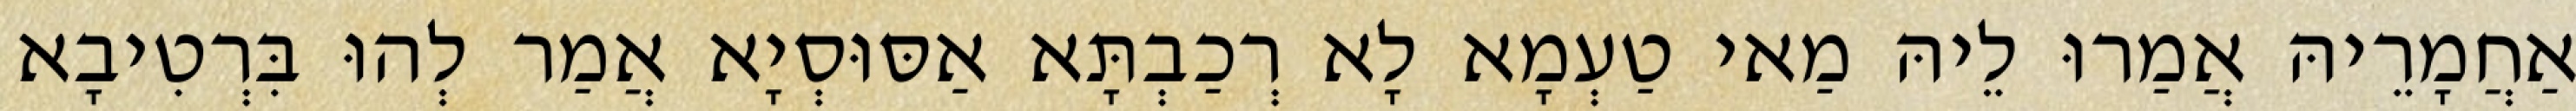
אַחֲמָרֵיהּ אֲמַרוּ לֵיהּ מַאי טַעְמָא לָא רְכַבְתָּא אַסּוּסְיָא אֲמַר לְהוּ בִּרְטִיבָא